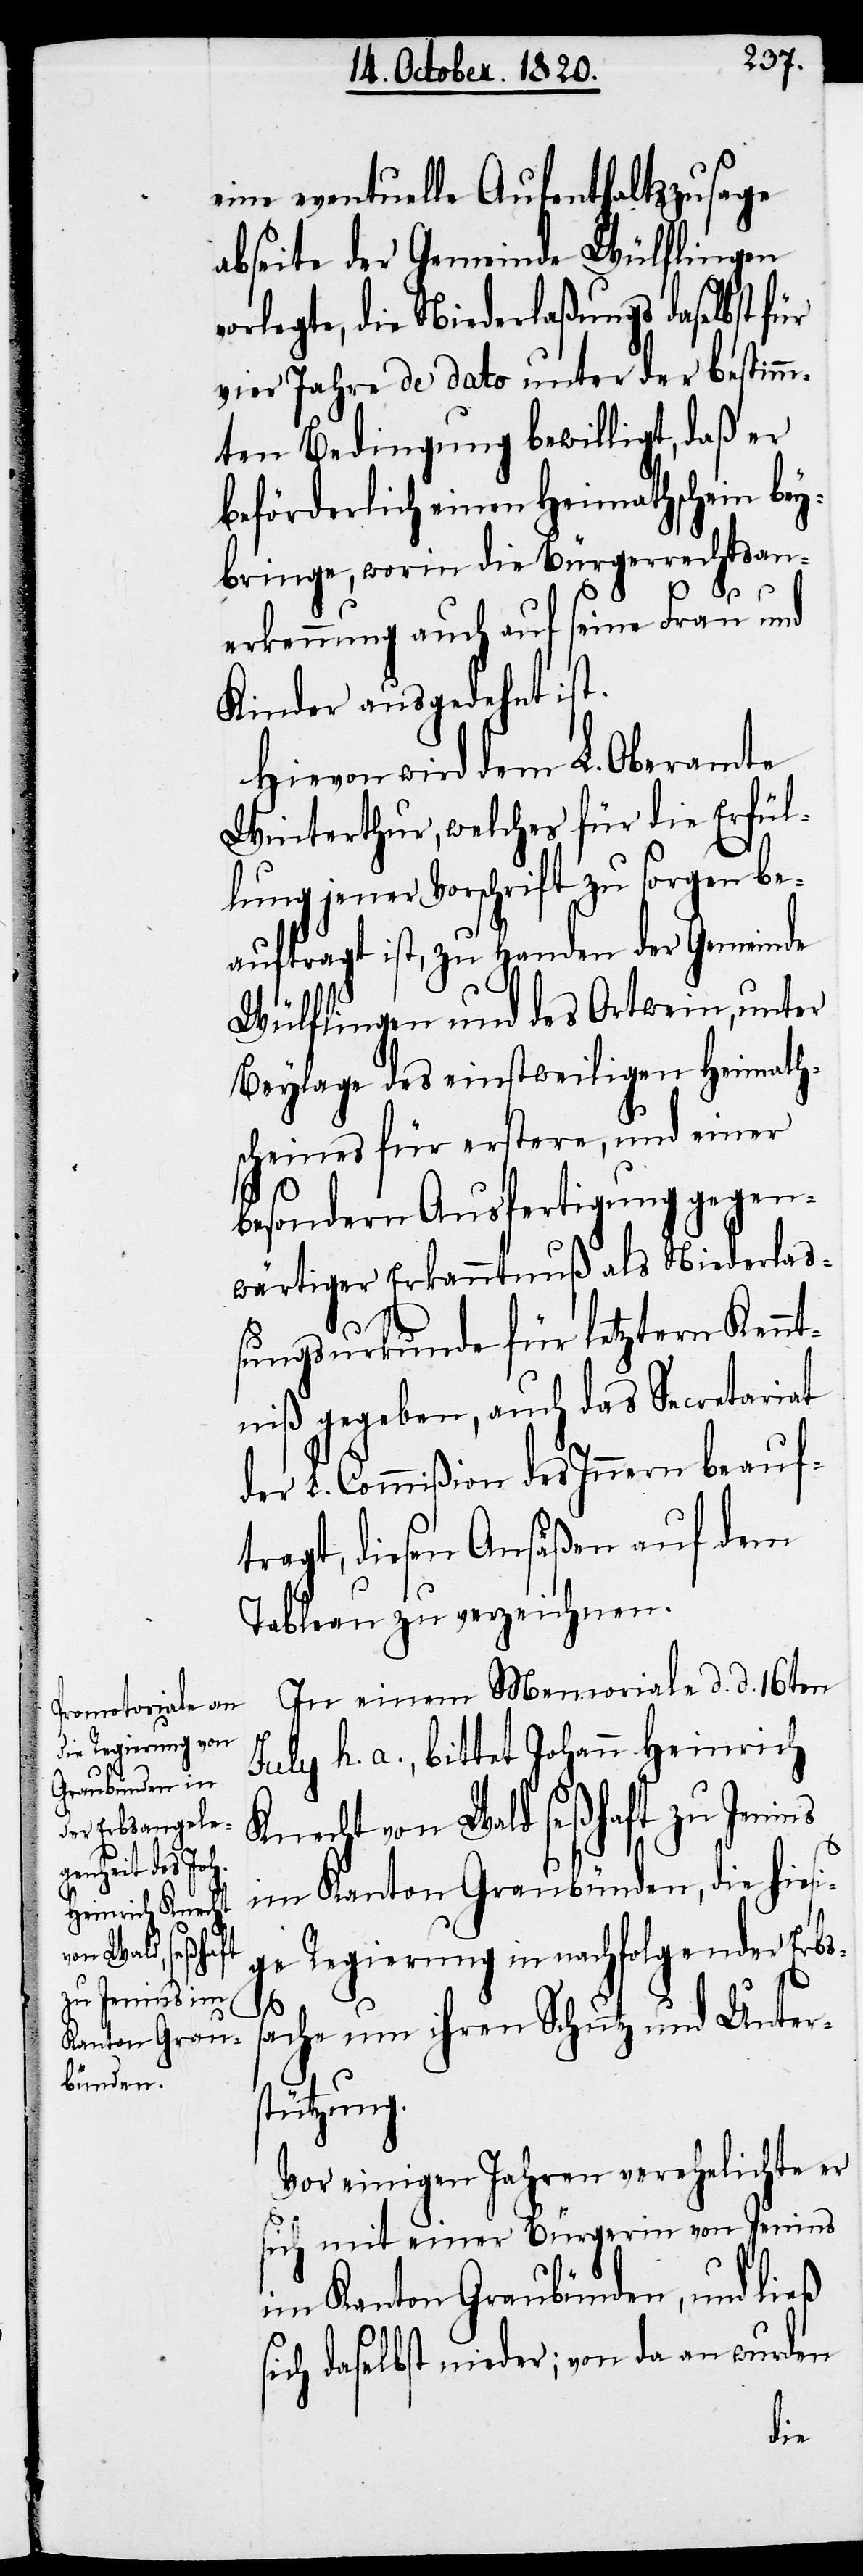
eine eventuelle Aufenthaltszusage
abseite der Gemeinde Wülflingen
orlegte, die Niederlaßungs [sic!]
vier Jahre de dato unter der bestimm¬
ten Bedingung bewilligt, daß er
beförderlich einen Heimathschein bey¬
bringe, worin die Bürgerrechtsan¬
erkennung auch auf seine Frau und
Kinder ausgedehnt ist.
Hievon wird dem L. Oberamte
Winterthur, welches für die Erfül¬
lung jener Vorschrift zu sorgen be¬
auftragt ist, zu Handen der Gemeinde
Wülflingen und des Ortwein, unter
Beylage des einstweiligen Heimath¬
scheines für erstere, und einer
besondern Ausfertigung gegen¬
wärtiger Erkanntnuß als Niederlaß¬
ungsurkunde für letztern Kennt¬
niß gegeben, auch das Secretariat
der L. Commißion des Innern beauf¬
tragt, diesen Ansäßen auf dem
Tableau zu verzeichnen.
In einem Memoriale d. d. 16ten
July h. a., bittet Johann Heinrich
Knecht von Wald seßhaft zu Jeni¬
im Kanton Graubünden, die hiesi¬
ge Regierung in nachfolgender Erbs¬
s¬
ache um ihren Schutz und Unter¬
stützung.
Vor einigen Jahren verehelichte er
sich mit einer Bürgerin von Jenins
im Kanton Graubünden, und ließ
sich daselbst nieder; von da an wurden